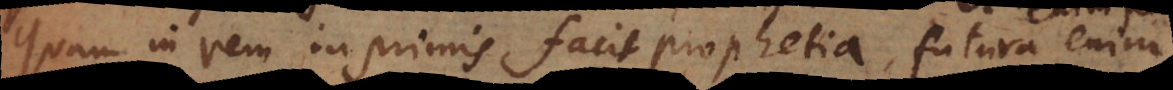
Quam in rem inprimis facit prophetia, futura enim